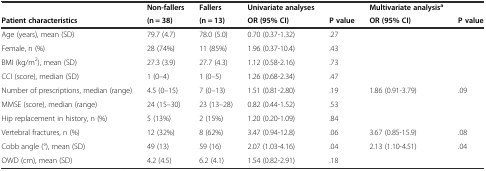
|  | Non-fallers | Fallers | Univariate analyses |  | Multivariate analysisa |  |
 | Patient characteristics | (n = 38) | (n = 13) | OR (95% CI) | P value | OR (95% CI) | P value |
 | --- | --- | --- | --- | --- | --- | --- |
 | Age (years), mean (SD) | 79.7 (4.7) | 78.0 (5.0) | 0.70 (0.37-1.32) | .27 |  |  |
 | Female, n (%) | 28 (74%) | 11 (85%) | 1.96 (0.37-10.4) | .43 |  |  |
 | BMI (kg/m2), mean (SD) | 27.3 (3.9) | 27.7 (4.3) | 1.12 (0.58-2.16) | .73 |  |  |
 | CCI (score), median (SD) | 1 (0–4) | 1 (0–5) | 1.26 (0.68-2.34) | .47 |  |  |
 | Number of prescriptions, median (range) | 4.5 (0–15) | 7 (0–13) | 1.51 (0.81-2.80) | .19 | 1.86 (0.91-3.79) | .09 |
 | MMSE (score), median (range) | 24 (15–30) | 23 (13–28) | 0.82 (0.44-1.52) | .53 |  |  |
 | Hip replacement in history, n (%) | 5 (13%) | 2 (15%) | 1.20 (0.20-1.09) | .84 |  |  |
 | Vertebral fractures, n (%) | 12 (32%) | 8 (62%) | 3.47 (0.94-12.8) | .06 | 3.67 (0.85-15.9) | .08 |
 | Cobb angle (°), mean (SD) | 49 (13) | 59 (16) | 2.07 (1.03-4.16) | .04 | 2.13 (1.10-4.51) | .04 |
 | OWD (cm), mean (SD) | 4.2 (4.5) | 6.2 (4.1) | 1.54 (0.82-2.91) | .18 |  |  |